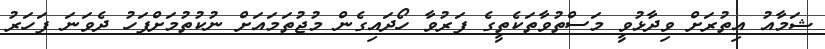
ޝަމާއު އިތުރަށް ވިދާޅުވީ މަސްތުވާތަކެތީގެ ފަރުވާ ހޯދައިގެން މުޖުތަމައަށް ނުކުތުމަށްފަހު ދެވަނަ ފަހަރު